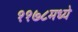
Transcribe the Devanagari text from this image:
११७८मध्ये